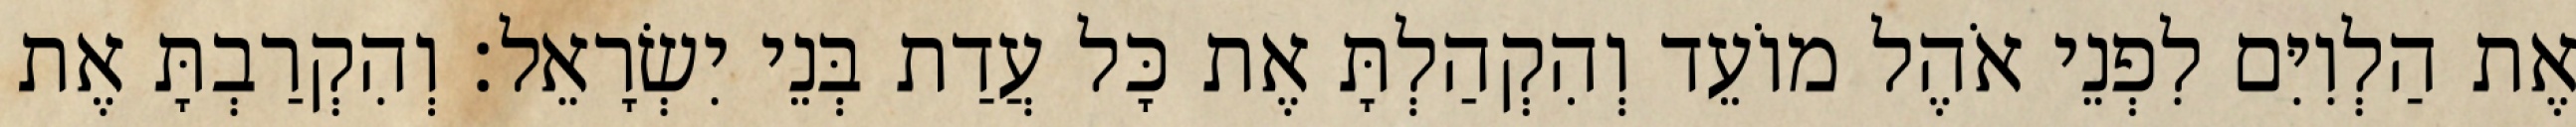
אֶת הַלְוִיִּם לִפְנֵי אֹהֶל מוֹעֵד וְהִקְהַלְתָּ אֶת כָּל עֲדַת בְּנֵי יִשְׂרָאֵל׃ וְהִקְרַבְתָּ אֶת